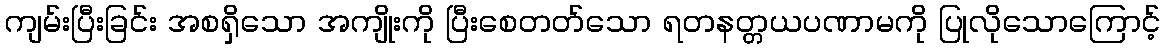
ကျမ်းပြီးခြင်း အစရှိသော အကျိုးကို ပြီးစေတတ်သော ရတနတ္တယပဏာမကို ပြုလိုသောကြောင့်